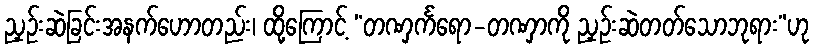
ညှဉ်းဆဲခြင်းအနက်ဟောတည်း၊ ထို့ကြောင့် “တဏှင်္ကရော-တဏှာကို ညှဉ်းဆဲတတ်သောဘုရား”ဟု